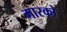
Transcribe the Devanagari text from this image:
मारको